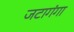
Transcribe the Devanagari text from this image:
जटागंगा